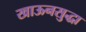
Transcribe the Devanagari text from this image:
खाऊनसुद्धा